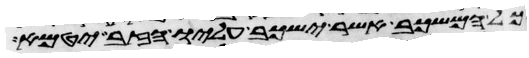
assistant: כל המשכב אשר ישכב עליו הזב יטמא